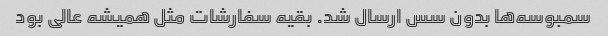
سمبوسه‌ها بدون سس ارسال شد. بقیه سفارشات مثل همیشه عالی بود